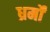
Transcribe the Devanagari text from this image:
ध्रर्मों